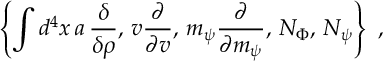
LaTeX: \left\{ \int d ^ { 4 } x \, a \, \frac \delta { \delta \rho } , \, v \frac \partial { \partial v } , \, m _ { \psi } \frac \partial { \partial m _ { \psi } } , \, { \cal N } _ { \Phi } , \, { \cal N } _ { \psi } \right\} \, \, ,